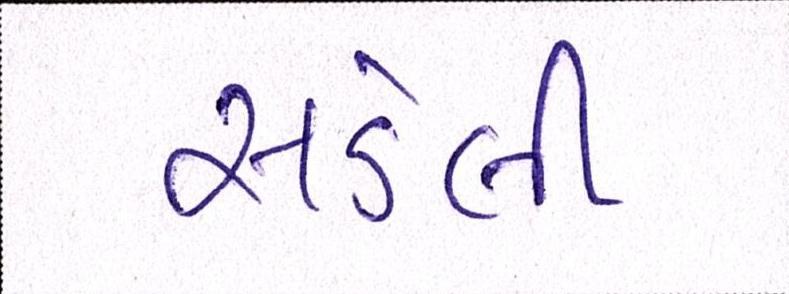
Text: સડેલી